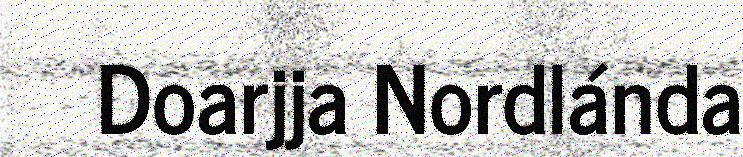
Doarjja Nordlánda